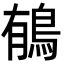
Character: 䳑